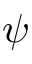
{ \psi }